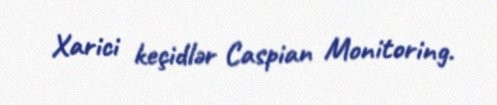
Xarici keçidlər Caspian Monitoring.